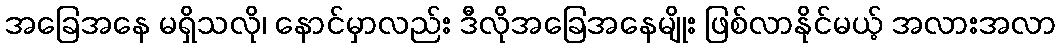
အခြေအနေ မရှိသလို၊ နောင်မှာလည်း ဒီလိုအခြေအနေမျိုး ဖြစ်လာနိုင်မယ့် အလားအလာ